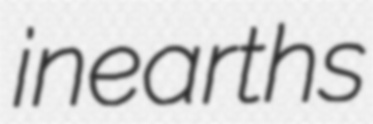
inearths